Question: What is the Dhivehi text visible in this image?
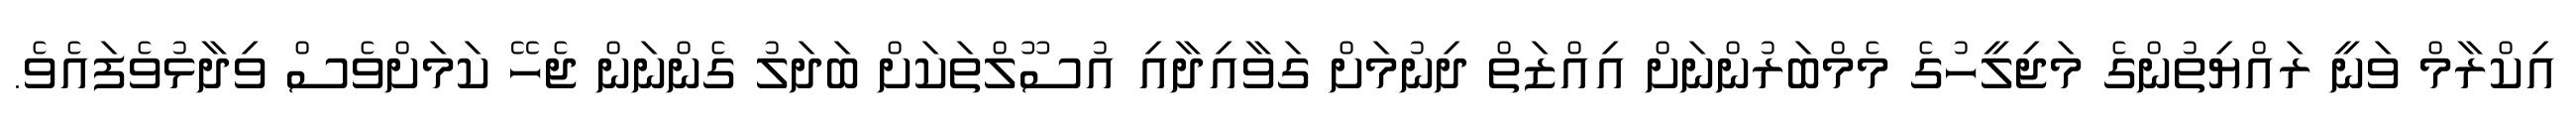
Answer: އިކްރާމް ވަނީ ރައްޔިތުންގެ މަޖިލީހުގެ މެމްބަރުންނަށް އިއްޒަތް ދިނުމަށް ގަވާއިދާއި އުސޫލްތަކަށް ބަދަލު ގެންނަން ޖެހޭ ކަމަށްވެސް ވިދާޅުވެފައެވެ.